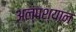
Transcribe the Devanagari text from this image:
अल्पश्यान